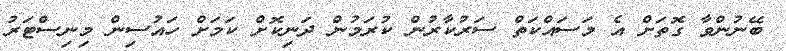
ބޭނުންވާ ގޮތަށް އެ މަސައްކަތް ސަރުކާރުން ކުރަމުން ދަނިކޮށް ކަމަށް ހައުސިން މިނިސްޓަރު